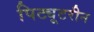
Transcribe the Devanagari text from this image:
पिट्यूटरीन